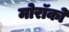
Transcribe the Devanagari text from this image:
मोरॉको